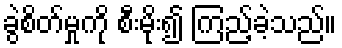
ခွဲစိတ်မှုကို စီးမိုး၍ ကြည့်ခဲ့သည်။